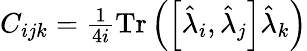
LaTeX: \begin{array}{r}{C_{ijk}=\frac{1}{4i}\mathrm{Tr}\left(\left[\hat{\lambda}_{i},\hat{\lambda}_{j}\right]\hat{\lambda}_{k}\right)}\end{array}